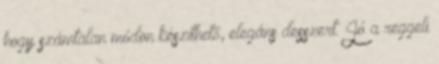
hogy számtalan módon készíthető, elegáns desszert. Jó a reggeli